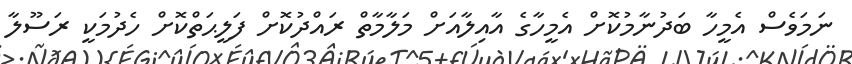
ނަމަވެސް އެމީހާ ބަދުނާމުކޮށް އެމީހާގެ އާއިލާއަށް މަލާމާތް ރައްދުކޮށް ފަލީޙަތްކޮށް ހެދުމަކީ ރަސޫލާ